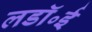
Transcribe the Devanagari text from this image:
लडॉ॰ई